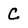
Character: c